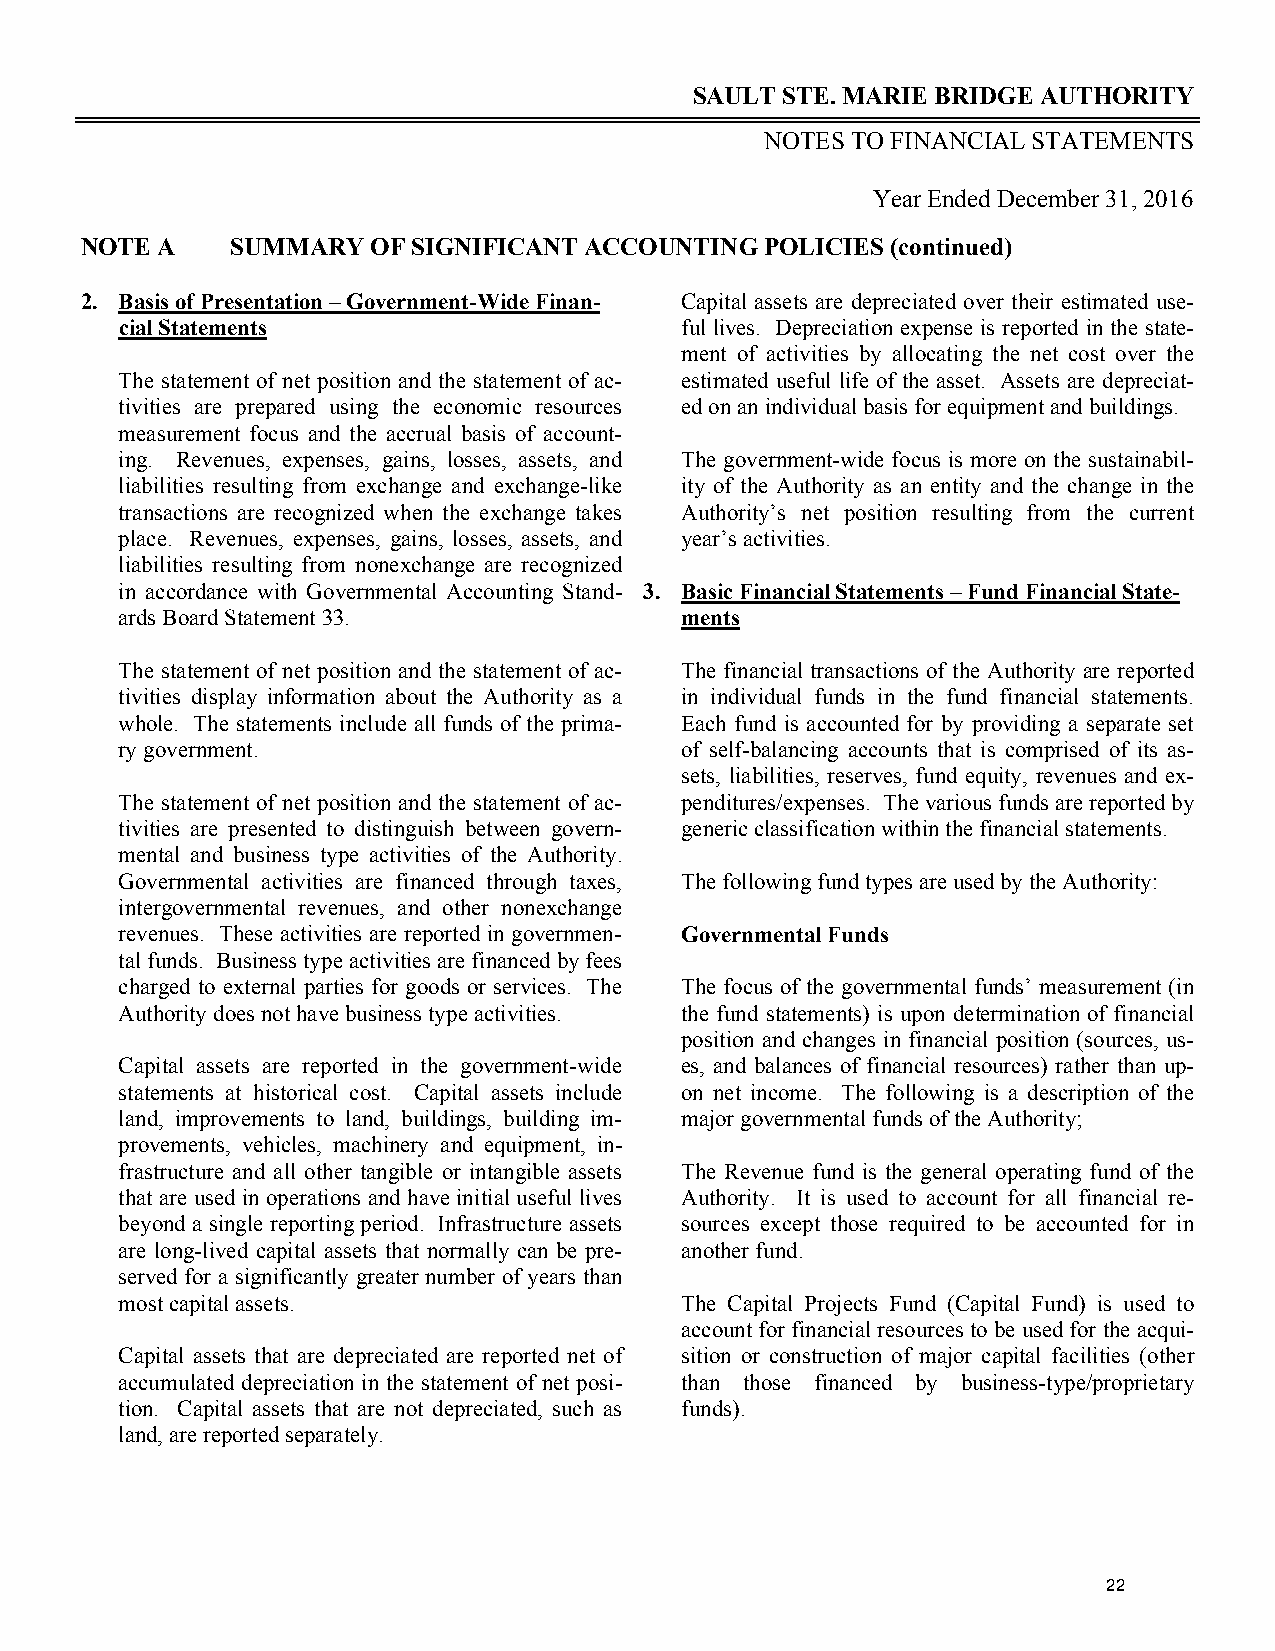
SAULT STE. MARIE BRIDGE AUTHORITY
 NOTES TO FINANCIAL STATEMENTS
 Year Ended December 31, 2016
 NOTE A    SUMMARY   OF SIGNIFICANT ACCOUNTING POLICIES (continued)
 2. Basis of Presentation – Government-Wide Finan- Capital assets are depreciated over their estimated use-
 cial Statements                      ful lives. Depreciation expense is reported in the state-
 ment of activities by allocating the net cost over the
 The statement of net position and the statement of ac- estimated useful life of the asset. Assets are depreciat-
 tivities are prepared using the economic resources ed on an individual basis for equipment and buildings.
 measurement focus and the accrual basis of account-
 ing. Revenues, expenses, gains, losses, assets, and The government-wide focus is more on the sustainabil-
 liabilities resulting from exchange and exchange-like ity of the Authority as an entity and the change in the
 transactions are recognized when the exchange takes Authority’s net position resulting from the current
 place. Revenues, expenses, gains, losses, assets, and year’s activities.
 liabilities resulting from nonexchange are recognized
 in accordance with Governmental Accounting Stand- 3. Basic Financial Statements – Fund Financial State-
 ards Board Statement 33.             ments
 The statement of net position and the statement of ac- The financial transactions of the Authority are reported
 tivities display information about the Authority as a in individual funds in the fund financial statements.
 whole. The statements include all funds of the prima- Each fund is accounted for by providing a separate set
 ry government.                       of self-balancing accounts that is comprised of its as-
 sets, liabilities, reserves, fund equity, revenues and ex-
 The statement of net position and the statement of ac- penditures/expenses. The various funds are reported by
 tivities are presented to distinguish between govern- generic classification within the financial statements.
 mental and business type activities of the Authority.
 Governmental activities are financed through taxes, The following fund types are used by the Authority:
 intergovernmental revenues, and other nonexchange
 revenues. These activities are reported in governmen- Governmental Funds
 tal funds. Business type activities are financed by fees
 charged to external parties for goods or services. The The focus of the governmental funds’ measurement (in
 Authority does not have business type activities. the fund statements) is upon determination of financial
 position and changes in financial position (sources, us-
 Capital assets are reported in the government-wide es, and balances of financial resources) rather than up-
 statements at historical cost. Capital assets include on net income. The following is a description of the
 land, improvements to land, buildings, building im- major governmental funds of the Authority;
 provements, vehicles, machinery and equipment, in-
 frastructure and all other tangible or intangible assets The Revenue fund is the general operating fund of the
 that are used in operations and have initial useful lives Authority. It is used to account for all financial re-
 beyond a single reporting period. Infrastructure assets sources except those required to be accounted for in
 are long-lived capital assets that normally can be pre- another fund.
 served for a significantly greater number of years than
 most capital assets.                 The Capital Projects Fund (Capital Fund) is used to
 account for financial resources to be used for the acqui-
 Capital assets that are depreciated are reported net of sition or construction of major capital facilities (other
 accumulated depreciation in the statement of net posi- than those financed by business-type/proprietary
 tion. Capital assets that are not depreciated, such as funds).
 land, are reported separately.
 22